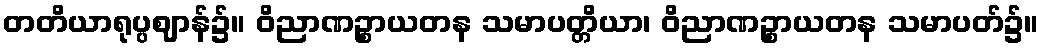
တတိယာရုပ္ပဈာန်၌။ ဝိညာဏဉ္စာယတန သမာပတ္တိယာ၊ ဝိညာဏဉ္စာယတန သမာပတ်၌။